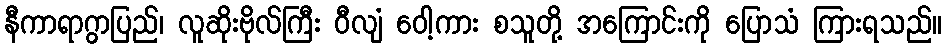
နီကာရာဂွာပြည်၊ လူဆိုးဗိုလ်ကြီး ဝီလျံ ဝေါ့ကား စသူတို့ အကြောင်းကို ပြောသံ ကြားရသည်။